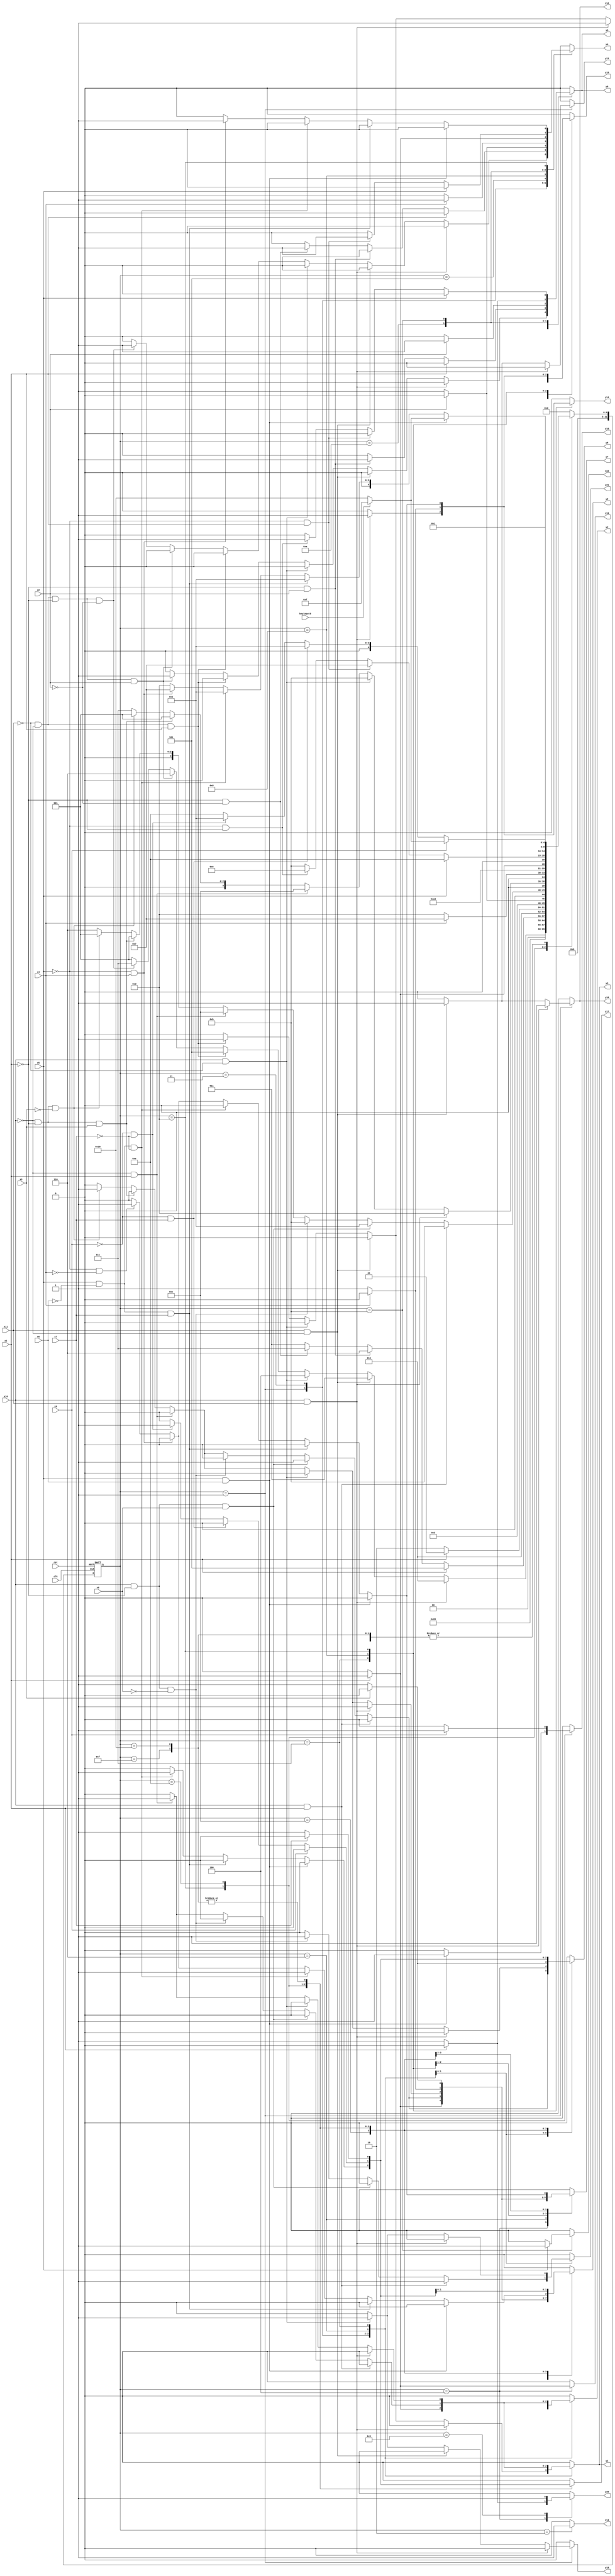
module cat ( clk,rst,
	x1, x2, x3, x4, x5, x6, x7, x8, x9, x10, x11, keyinput0, 
	y1, y2, y3, y4, y5, y6, y7, y8, y9, y10, y11, y12, y13, y14, y15,
	y16, y17, y18, y19, y20, y21, y22);

input clk, rst, x1, x2, x3, x4, x5, x6, x7, x8, x9, x10, x11, keyinput0;
output y1, y2, y3, y4, y5, y6, y7, y8, y9, y10, y11, y12, y13, y14, y15,
	y16, y17, y18, y19, y20, y21, y22;
reg y1, y2, y3, y4, y5, y6, y7, y8, y9, y10, y11, y12, y13, y14, y15,
	y16, y17, y18, y19, y20, y21, y22;

parameter s1=1, s2=2, s3=3, s4=4, s5=5, s6=6, s7=7, s8=8, s9=9, s10=10,	s11=11, s12=12, s13=13, s14=14, s15=15, s15_d=16;
integer pr_state;
integer nx_state;

always@ ( posedge rst or negedge clk )
begin
	if ( rst == 1'b1 )
		pr_state = s1;
	else
		pr_state = nx_state;
end

always@ ( pr_state or x1 or x2 or x3 or x4 or x5 or x6 or x7 or x8 or x9 or x10 or x11 or keyinput0)
	begin
			y1 = 1'b0;	y2 = 1'b0;	y3 = 1'b0;	y4 = 1'b0;	
			y5 = 1'b0;	y6 = 1'b0;	y7 = 1'b0;	y8 = 1'b0;	
			y9 = 1'b0;	y10 = 1'b0;	y11 = 1'b0;	y12 = 1'b0;	
			y13 = 1'b0;	y14 = 1'b0;	y15 = 1'b0;	y16 = 1'b0;	
			y17 = 1'b0;	y18 = 1'b0;	y19 = 1'b0;	y20 = 1'b0;	
			y21 = 1'b0;	y22 = 1'b0;	
		case ( pr_state )
				s1 : if( x11 && x10 )
						begin
							y2 = 1'b1;	y10 = 1'b1;	y12 = 1'b1;	
							nx_state = s2;
						end
					else if( x11 && ~x10 )
						begin
							y10 = 1'b1;	y11 = 1'b1;	y12 = 1'b1;	
							nx_state = s3;
						end
					else if( ~x11 && x10 )
						begin
							y18 = 1'b1;	
							nx_state = s4;
						end
					else if( ~x11 && ~x10 && x1 )
						begin
							y1 = 1'b1;	y2 = 1'b1;	y3 = 1'b1;	
							nx_state = s5;
						end
					else if( ~x11 && ~x10 && ~x1 && x2 )
						begin
							y5 = 1'b1;	y6 = 1'b1;	
							nx_state = s6;
						end
					else if( ~x11 && ~x10 && ~x1 && ~x2 )
						begin
							y4 = 1'b1;	
							nx_state = s7;
						end
					else nx_state = s1;
				s2 : if( 1'b1 )
						begin
							y13 = 1'b1;	
							nx_state = s8;
						end
					else nx_state = s2;
				s3 : if( x1 )
						begin
							y1 = 1'b1;	y2 = 1'b1;	y3 = 1'b1;	
							nx_state = s5;
						end
					else if( ~x1 && x2 )
						begin
							y5 = 1'b1;	y6 = 1'b1;	
							nx_state = s6;
						end
					else if( ~x1 && ~x2 )
						begin
							y4 = 1'b1;	
							nx_state = s7;
						end
					else nx_state = s3;
				s4 : if( x1 )
						begin
							y7 = 1'b1;	y9 = 1'b1;	y15 = 1'b1;	
							y19 = 1'b1;	
							nx_state = s9;
						end
					else if( ~x1 )
						begin
							y20 = 1'b1;	
							nx_state = s10;
						end
					else nx_state = s4;
				s5 : if( x2 )
						begin
							y5 = 1'b1;	y6 = 1'b1;	
							nx_state = s6;
						end
					else if( ~x2 )
						begin
							y4 = 1'b1;	
							nx_state = s7;
						end
					else nx_state = s5;
				s6 : if( x10 && x1 )
						begin
							y21 = 1'b1;	
							nx_state = s11;
						end
					else if( x10 && ~x1 && x8 )
						begin
							y7 = 1'b1;	y8 = 1'b1;	y9 = 1'b1;	
							nx_state = s1;
						end
					else if( x10 && ~x1 && ~x8 )
						begin
							y21 = 1'b1;	
							nx_state = s11;
						end
					else if( ~x10 && x1 )
						begin
							y1 = 1'b1;	y2 = 1'b1;	y3 = 1'b1;	
							nx_state = s12;
						end
					else if( ~x10 && ~x1 && x3 )
						nx_state = s1;
					else if( ~x10 && ~x1 && ~x3 )
						begin
							y7 = 1'b1;	y8 = 1'b1;	y9 = 1'b1;	
							nx_state = s1;
						end
					else nx_state = s6;
				s7 : if( x10 && x11 )
						begin
							y7 = 1'b1;	y9 = 1'b1;	y14 = 1'b1;	
							y15 = 1'b1;	
							nx_state = s13;
						end
					else if( x10 && ~x11 )
						begin
							y21 = 1'b1;	
							nx_state = s11;
						end
					else if( ~x10 && x1 )
						begin
							y1 = 1'b1;	y2 = 1'b1;	y3 = 1'b1;	
							nx_state = s12;
						end
					else if( ~x10 && ~x1 && x3 )
						nx_state = s1;
					else if( ~x10 && ~x1 && ~x3 )
						begin
							y7 = 1'b1;	y8 = 1'b1;	y9 = 1'b1;	
							nx_state = s1;
						end
					else nx_state = s7;
				s8 : if( x4 )
						begin
							y4 = 1'b1;	
							nx_state = s7;
						end
					else if( ~x4 )
						begin
							y7 = 1'b1;	y9 = 1'b1;	y14 = 1'b1;	
							y15 = 1'b1;	
							nx_state = s13;
						end
					else nx_state = s8;
				s9 : if( 1'b1 )
						begin
							y20 = 1'b1;	
							nx_state = s10;
						end
					else nx_state = s9;
				s10 : if( x1 )
						begin
							y4 = 1'b1;	
							nx_state = s7;
						end
					else if( ~x1 )
						begin
							y5 = 1'b1;	y6 = 1'b1;	
							nx_state = s6;
						end
					else nx_state = s10;
				s11 : if( x5 )
						begin
							y22 = 1'b1;	
							nx_state = s14;
						end
					else if( ~x5 && x1 )
						begin
							y4 = 1'b1;	
							nx_state = s7;
						end
					else if( ~x5 && ~x1 )
						begin
							y5 = 1'b1;	y6 = 1'b1;	
							nx_state = s6;
						end
					else nx_state = s11;
				s12 : if( x3 )
						nx_state = s1;
					else if( ~x3 )
						begin
							y7 = 1'b1;	y8 = 1'b1;	y9 = 1'b1;	
							nx_state = s1;
						end
					else nx_state = s12;
				s13 : if( x5 && x6 )
						begin
							y16 = 1'b1;	
							if( keyinput0 ) nx_state = s15;
							else nx_state = s15_d;
						end
					else if( x5 && ~x6 && x7 )
						nx_state = s1;
					else if( x5 && ~x6 && ~x7 )
						begin
							y8 = 1'b1;	y9 = 1'b1;	y17 = 1'b1;	
							nx_state = s1;
						end
					else if( ~x5 && x4 )
						begin
							y4 = 1'b1;	
							nx_state = s7;
						end
					else if( ~x5 && ~x4 )
						begin
							y7 = 1'b1;	y9 = 1'b1;	y14 = 1'b1;	
							y15 = 1'b1;	
							nx_state = s13;
						end
					else nx_state = s13;
				s14 : if( x9 )
						begin
							y16 = 1'b1;	
							if( keyinput0 ) nx_state = s15;
							else nx_state = s15_d;
						end
					else if( ~x9 && x7 )
						nx_state = s1;
					else if( ~x9 && ~x7 )
						begin
							y8 = 1'b1;	y9 = 1'b1;	y17 = 1'b1;	
							nx_state = s1;
						end
					else nx_state = s14;
				s15 : if( x7 )
						nx_state = s1;
					else if( ~x7 )
						begin
							y8 = 1'b1;	y9 = 1'b1;	y17 = 1'b1;	
							nx_state = s1;
						end
					else nx_state = s15;
				s15_d : if( x7 )
						nx_state = s1;
					else if( ~x7 )
						begin
							y8 = 1'b1;	y9 = 1'b1;	y17 = 1'b1;	
							nx_state = s1;
						end
					else nx_state = s15_d;

			default : nx_state = 0;
		endcase
	end
endmodule